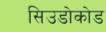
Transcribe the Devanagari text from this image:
सिउडोकोड